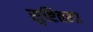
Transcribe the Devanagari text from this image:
सृष्टितला